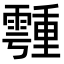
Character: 𩅞